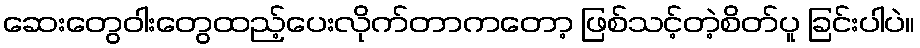
ဆေးတွေဝါးတွေထည့်ပေးလိုက်တာကတော့ ဖြစ်သင့်တဲ့စိတ်ပူ ခြင်းပါပဲ။